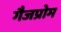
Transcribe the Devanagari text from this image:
गैजप्रोम